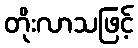
တိုးလာသဖြင့်